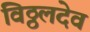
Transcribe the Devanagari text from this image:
विठ्ठलदेव